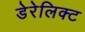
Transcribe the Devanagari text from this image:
डेरेलिक्ट